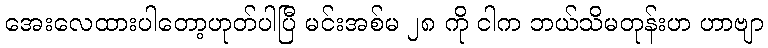
အေးလေထားပါတော့ဟုတ်ပါပြီ မင်းအစ်မ ၂၈ ကို ငါက ဘယ်သိမတုန်းဟ ဟာဗျာ